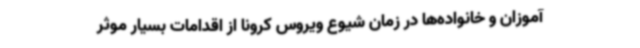
آموزان و خانواده‌ها در زمان شیوع ویروس کرونا از اقدامات بسیار موثر